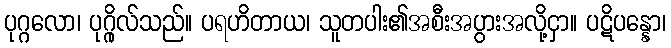
ပုဂ္ဂလော၊ ပုဂ္ဂိုလ်သည်။ ပရဟိတာယ၊ သူတပါး၏အစီးအပွားအလို့ငှာ။ ပဋိပန္နော၊